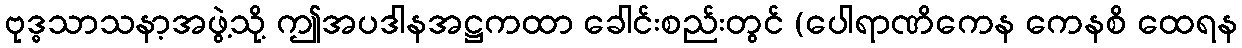
ဗုဒ္ဓသာသနာ့အဖွဲ့သို့ ဤအပဒါနအဋ္ဌကထာ ခေါင်းစည်းတွင် (ပေါရာဏိကေန ကေနစိ ထေရန